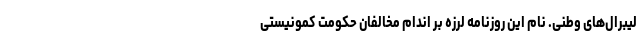
لیبرال‌های وطنی. نام این روزنامه لرزه بر اندام مخالفان حكومت کمونیستی